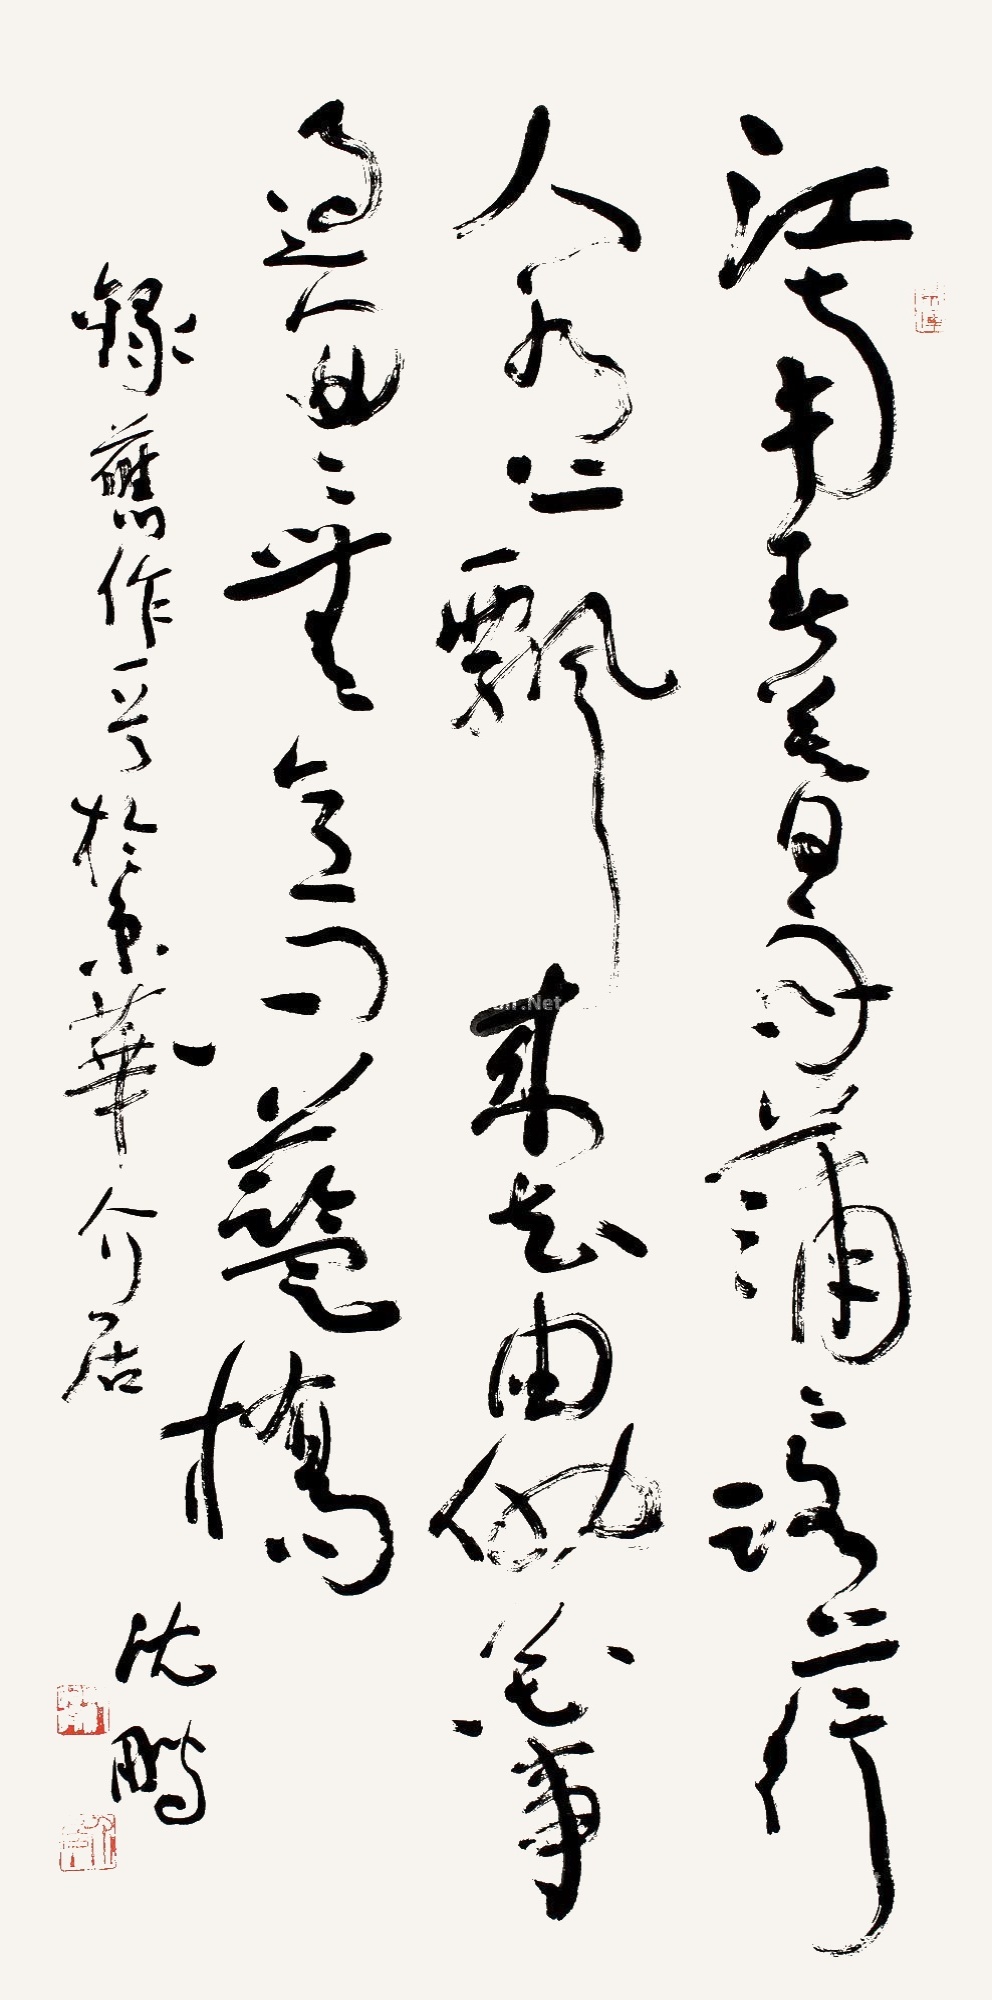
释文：江南春暮雨潇潇，路上行人水上漂。来去由他花事过，匆匆无意向蓝桥。录旧作一首于京华介居，沈鹏。